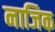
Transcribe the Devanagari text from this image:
नाजिक